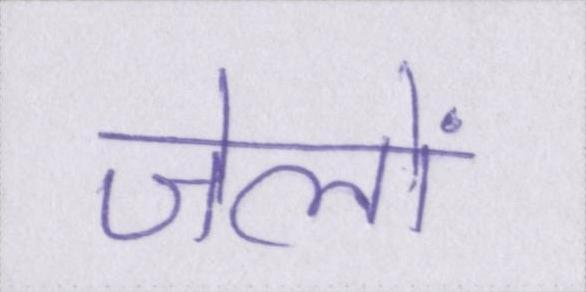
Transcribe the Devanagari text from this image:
जेलों